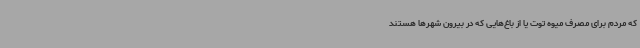
که مردم برای مصرف میوه توت یا از باغ‌هایی که در بیرون شهرها هستند